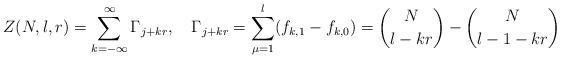
LaTeX: \begin{align*}Z(N,l,r)=\sum_{k=-\infty}^\infty\Gamma_{j+kr},\quad\Gamma_{j+kr}=\sum_{\mu=1}^l(f_{k,1}-f_{k,0})={N\choose l-kr}-{N\choose l-1-kr}\end{align*}